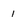
Character: 1